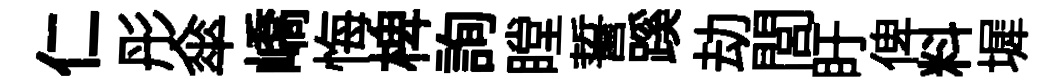
仁彤傘嶠悔椑詢瞠誓蹊劫閭盱俾料墀